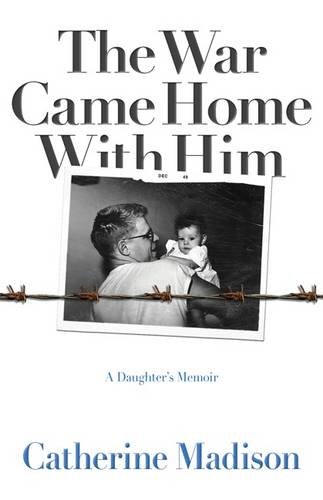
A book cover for The War Came Home with Him: A DaughterEEs Memoir; Cathy Madison; History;